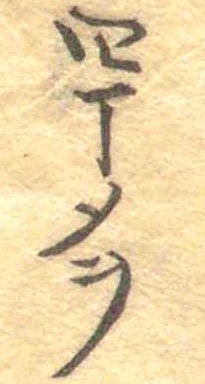
四丁メヲ